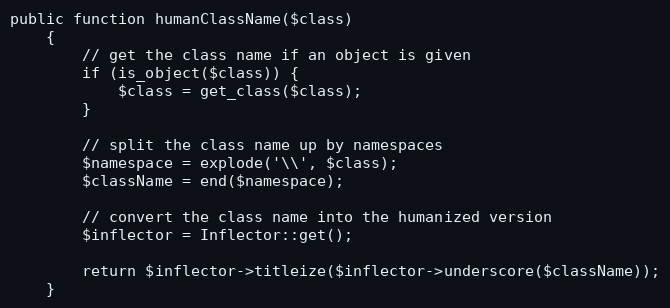
Language: PHP
public function humanClassName($class)
    {
        // get the class name if an object is given
        if (is_object($class)) {
            $class = get_class($class);
        }

        // split the class name up by namespaces
        $namespace = explode('\\', $class);
        $className = end($namespace);

        // convert the class name into the humanized version
        $inflector = Inflector::get();

        return $inflector->titleize($inflector->underscore($className));
    }